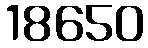
18650